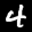
Label: 4